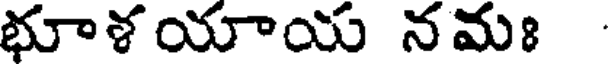
భూళయాయ నమః